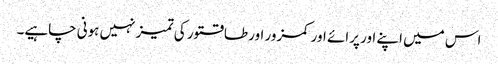
اس میں اپنے اور پرائے اور کمزور اور طاقتور کی تمیز نہیں ہونی چاہیے۔